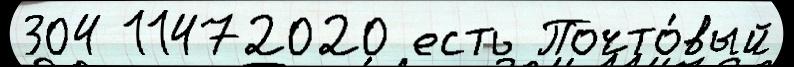
304 11472020 есть Почто́вый